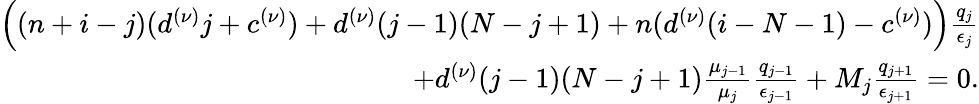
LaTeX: \begin{array}{r}{\Big((n+i-j)(d^{(\nu)}j+c^{(\nu)})+d^{(\nu)}(j-1)(N-j+1)+n(d^{(\nu)}(i-N-1)-c^{(\nu)})\Big)\frac{q_{j}}{\epsilon_{j}}}\\ {+d^{(\nu)}(j-1)(N-j+1)\frac{\mu_{j-1}}{\mu_{j}}\frac{q_{j-1}}{\epsilon_{j-1}}+M_{j}\frac{q_{j+1}}{\epsilon_{j+1}}=0.}\end{array}